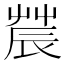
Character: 𨑆